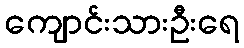
ကျောင်းသားဦးရေ